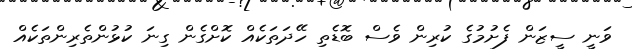
ވަނީ ސީޒަން ފެށުމުގެ ކުރިން ވެސް ބޮޑެތި ހޭދަތަކެއް ކޮށްގެން ގިނަ ކުޅުންތެރިންތަކެއް